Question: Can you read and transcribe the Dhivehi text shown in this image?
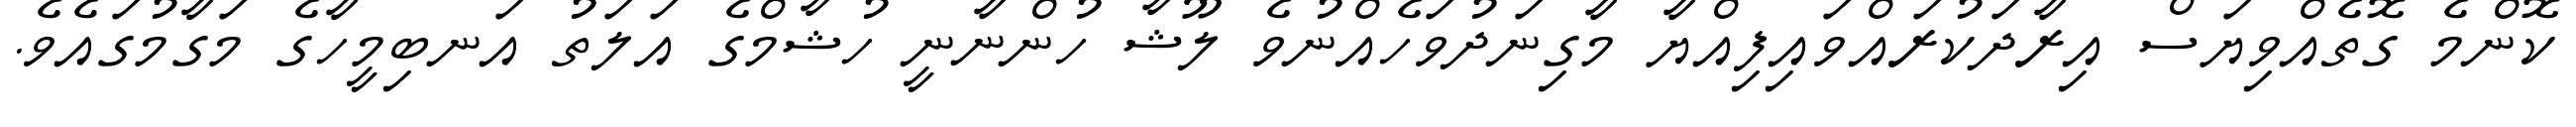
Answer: ކޮންމެ ގޮތެއްވިޔަސް އިރާދަކުރައްވައިފިއްޔާ މާގިނަދުވަހެއްނުވެ ލޫޝާ ހުންނާނީ ހުޝާމްގެ އަލަތު އަނބިމީހާގެ މަގާމުގައެވެ.